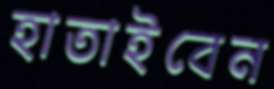
হাতাইবেন